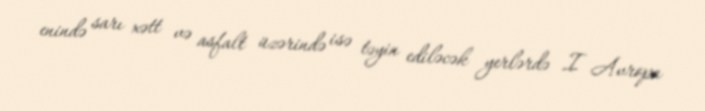
enində sarı xətt və asfalt üzərində isə təyin ediləcək yerlərdə I Avropa